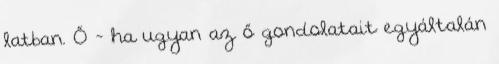
latban. Ő - ha ugyan az ő gondolatait egyáltalán